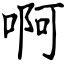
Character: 啊